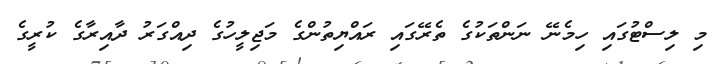
މި ލިސްޓުގައި ހިމެނޭ ނަންތަކުގެ ތެރޭގައި ރައްޔިތުންގެ މަޖިލީހުގެ ދިއްގަރު ދާއިރާގެ ކުރީގެ